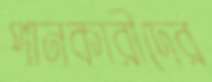
পানকারীদের